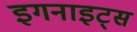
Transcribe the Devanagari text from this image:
इगनाइट्स